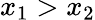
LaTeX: x_{1}>x_{2}